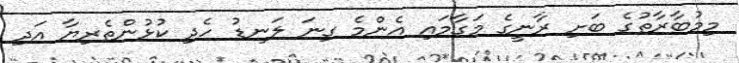
މިމުބާރާތުގެ ބަށި ރާނީގެ މަގާމައި އެންމެ ގިނަ ލަނޑު ހެދި ކުޅުންތެރިޔާ އަދި